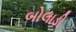
બોલાડી